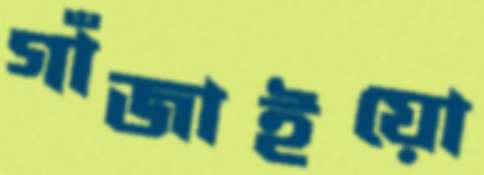
গাঁজাইয়ো